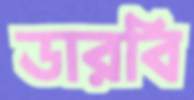
ডারবি